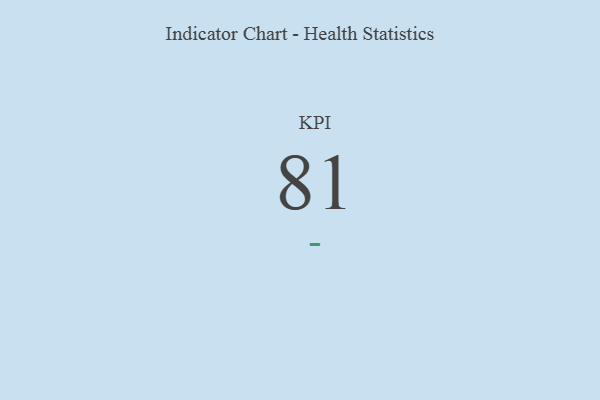
{"axis": {"x": "KPI", "y": "Value"}, "legend": [""], "data": [{"x": "KPI", "y": 81, "type": ""}]}